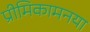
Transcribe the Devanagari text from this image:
प्रीमिकामनया